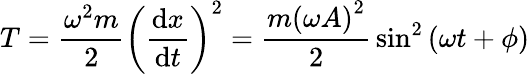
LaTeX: T={\frac{\omega^{2}m}{2}}\left({\frac{\mathrm{d}x}{\mathrm{d}t}}\right)^{2}={\frac{m\left(\omega A\right)^{2}}{2}}\sin^{2}\left(\omega t+\phi\right)